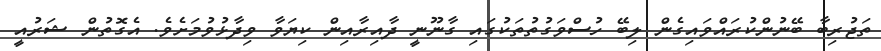
ތަޖުރިބާ ބޭނުންކުރައްވައިގެން ލިބޭ ހުސްވަގުތުތަކުގައި ގާނޫނީ ދާއިރާއިން ކިޔަވާ ވިދާޅުވުމަށެވެެ. އެގޮތުން ޝަރުއީ